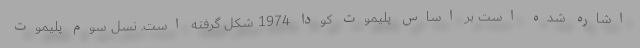
اشاره شده است بر اساس پلیموت کودا 1974 شکل گرفته است. نسل سوم پلیموت